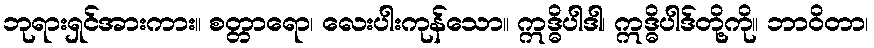
ဘုရားရှင်အားကား။ စတ္တာရော၊ လေးပါးကုန်သော။ ဣဒ္ဓိပါဒါ၊ ဣဒ္ဓိပါဒ်တို့ကို။ ဘာဝိတာ၊